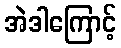
အဲဒါကြောင့်